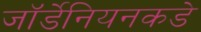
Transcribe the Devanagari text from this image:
जॉर्डेनियनकडे